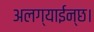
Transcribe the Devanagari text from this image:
अलग्याईन्छ।